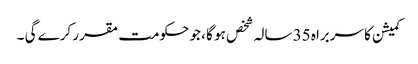
کمیشن کا سربراہ 35 سالہ شخص ہو گا ، جو حکومت مقرر کرے گی ۔